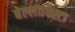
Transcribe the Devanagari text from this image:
बेल्लाविस्टा